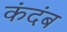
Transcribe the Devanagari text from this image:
कंदंब